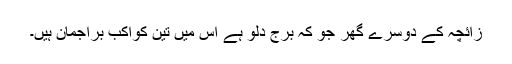
زائچہ کے دوسرے گھر جو کہ برجِ دلو ہے اس میں تین کواکب براجمان ہیں۔